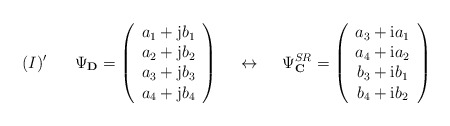
\begin{align*}(I)' \hspace{7mm} \Psi_{\bf D} =\left(\begin{array}{c}a_1 +{\rm j}b_1 \\a_2 +{\rm j}b_2 \\a_3 +{\rm j}b_3 \\a_4 +{\rm j}b_4\end{array}\right) \hspace{5mm} \leftrightarrow \hspace{5mm}\Psi^{SR}_{\bf C} =\left(\begin{array}{c}a_3+{\rm i}a_1 \\a_4+{\rm i}a_2 \\b_3+{\rm i}b_1 \\b_4+{\rm i}b_2\end{array}\right) \end{align*}